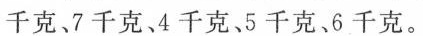
千克、7千克、4千克、5千克、6千克。